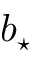
b _ { \star }